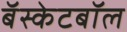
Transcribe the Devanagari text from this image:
बॅस्केटबॉल